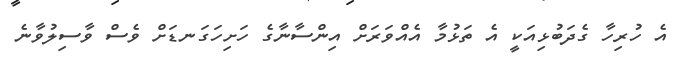
އެ ހުރިހާ ގެދަބުޅިއަކީ އެ ތަޅުމާ އެއްވަރަށް އިންސާނާގެ ހަށިހަގަނޑަށް ވެސް ވާސިލުވާނެ